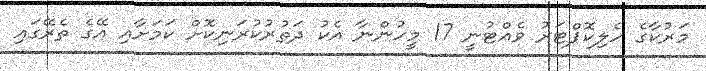
މަރުކާގެ ހެލިކޮޕްޓަރު ވެއްޓުނީ 17 މީހުންނާ އެކު ދަތުރުކުރަނިކޮށް ކަމަށާއި އޭގެ ތެރޭގައި